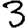
Digit: 3